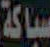
سباكة